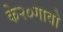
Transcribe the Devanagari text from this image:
के२०गावो